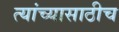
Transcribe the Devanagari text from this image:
त्यांच्यासाठीच